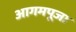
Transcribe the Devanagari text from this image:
आगमपूजा